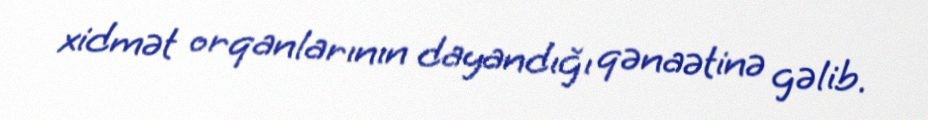
xidmət orqanlarının dayandığı qənaətinə gəlib.